Annual statistical returns and brief notes on vaccination in Bengal - 1887-1898
Year: 1887
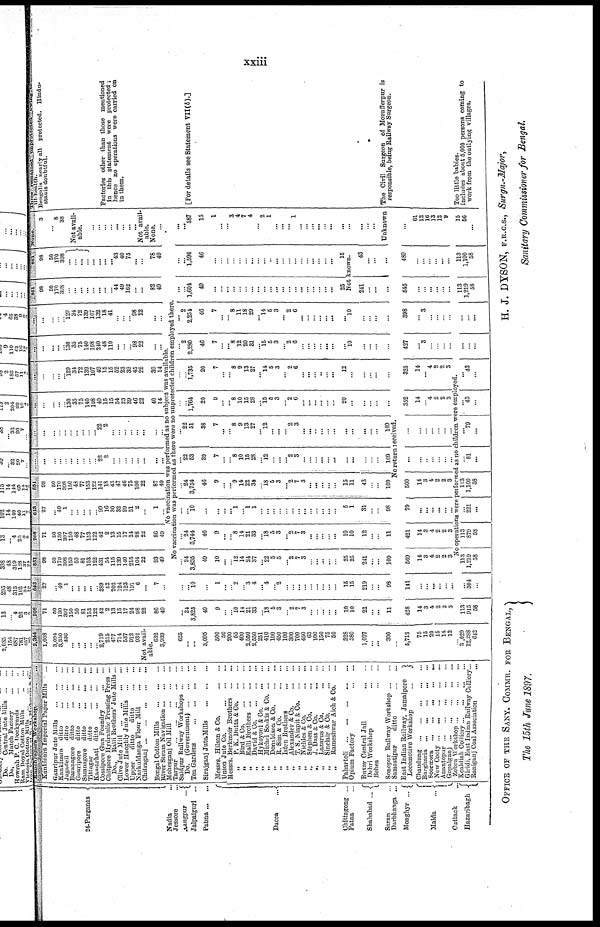
xxiii
24-Parganas ...
Nadia ...
Jessore ...
Gangpur
...
Jalpaiguri ...
Pabna ... ...
Dacca ...
Chittngong ...
Patna ...
Shahabad ...
Saran ...
Darbhanga ...
Monghyr
...
Malda
...
Cuttack ...
Hazaribagh
Kanchrapara workshop
...
Kankinara Imperial Paper Mills ...
Gauripur Jute Mills
...
...
...
Kankinara ditto
...
...
...
Jagadell
ditto
...
...
...
Baranagore ditto
...
...
...
Gouripore
ditto
...
...
...
Samnagore ditto ... ... ...
Tittagar
ditto
...
...
...
Kamarhati ditto
...
...
...
Cossipore Gun Foundry
...
...
Chitpore Hydraulic Pressing Press ...
Do.,
Ralli Brothers' Jute Mills ...
Clive Jute Mill
...
...
...
...
Lower Hooghly Jute Mills
...
...
Upper
ditto
ditto
...
...
Narkuldanga Flour Mill
...
...
Ghitraganj
...
...
...
...
...
Bengal Cotton Mills
...
...
...
River Steam Navigation
...
...
...
Mohesganj Oil Mill
...
...
...
Tarpur
...
...
...
...
...
Saidpur Railway Workshops
...
...
Do. (Government)
...
...
...
Tea Gardens
...
...
...
...
Sirajganj JuteMills
...
...
...
Messrs. Hilson & Co.
...
...
1 Union Jute Co.
...
...
...
Messrs. Berkmoir Brothers
...
...
„
P. K. Dutta & C
o
. ... ...
„
Bird & C
o
. ... ... ...
„
Ralli Brothers
...
...
...
„
David & C
o
. ... ... ...
„
Hykoyoni & Co.
...
...
„
Michel Sookis & Co. ... ...
„
Donaldson & C
o
. ... ...
„
R. Sim & Co.
...
...
„
Isten Brothers
...
...
„
Alexander & Co.
...
...
„
T. S. Niapit & C
o
. ... ...
„
Nichles & Co.
...
...
„
Stephen & Co.
...
...
„
J. Dass & Co.
...
...
„
Lazarus & Co.
...
...
„
Sinclair & Co.
...
...
„
Rameshwar Aich & Co. ...
Pahartoli
...
...
...
...
...
Opium Factory
...
...
Buxar Central Jail
...
...
Dehri Workshop
...
...
Behea ... ...
Sonepur Railway Workshop
...
...
Samastipur
ditto
...
...
East Indian Railway, Jamalpore
Locomotive Workshop
...
Chaudung
...
...
...
...
...
Bargharia
...
...
...
...
...
Soormora
...
...
...
...
...
New Cooty
...
...
...
...
...
Anantopur ... ... ... ... ...
Gopalganj
...
...
...
...
...
Zobra Workshop ... ... ... ...
Koaldiah Colliery ... ... ... ...
Giridi, East Indian Railway Colliery ...
Raniganj Coal Association ...
2,344
1,008
3,094
3,350
436
...
...
...
...
...
2,719
215
477
714
537
912
932
Not avail-
able.
632
3,939
208
71
50
130
397
150
50
81
153
122
42
2
13
15
17
24
98
22
86
49
643
27
...
40
1
...
...
...
...
...
389
52
202
124
123
191
6
...
7
...
851
98
50
170
398
150
50
81
153
122
431
54
115
139
140
215
104
22
93
49
208
71
50
130
397
150
48
77
153
122
42
2
13
15
17
21
98
22
86
49
643
27
...
40
1
...
...
...
...
...
99
16
30
32
29
51
2
...
1
...
851
98
50
170
398
150
48
77
153
122
141
18
43
47
46
75
100
22
87
49
...
...
...
...
...
...
...
...
...
...
22
2
...
...
...
...
...
...
...
...
...
...
...
...
...
...
...
... ...
... 22
2
...
...
...
...
...
...
...
...
...
...
...
...
...
130
35
75
140
108
49
15
15
54
23
39
46
22
40
14
...
...
...
...
... 129
34
72
139
107
49
15
15
52
23
39
45
22
39
14
...
...
...
...
...
130
35
74
140
108
240
48
110
...
...
... 98
22
...
...
...
...
1
...
...
129
34
72
139
107
132
18
41
...
...
... 98
22
...
...
851
98
50
170
308
...
...
...
... ...
...
...
...
44
49
162
...
...
82
49
851
98
50
170
398
...
...
...
...
...
...
...
... 43
40
75
...
...
78
49
None.
3
1
8
38
Not avail-
able.
...
...
...
...
...
...
...
...
Not avail-
able.
None.
...
No vaccination was performed as no subject was available.
No vaccination was performed as there were no unprotected children employed there.
625
...
...
3,095
500
50
200
55
400
2,550
2,550
251
410
100
450
100
300
700
450
65
100
150
75
50
328
380
1,097
...
...
300
...
5,713
75
15
20
15
14
12
...
3,029
12,288
642
...
24
3,825
49
9
...
...
10 14
21
33
...
18
5
3
...
2
7
3
...
...
...
...
...
10
10
22
...
...
11
...
...
10
...
1
...
...
2
...
3
4
...
4
...
2
...
...
...
...
...
...
...
...
...
15
15
219
...
...
98
...
24
3,835
49
10
...
...
12
14
24
37
...
22
5
5
...
2
7
3
...
...
...
...
...
25
25
241
...
...
109
...
24
3,744
46
9
...
...
8
14
21
33
...
18
5
3
...
2
7
3
...
...
...
...
...
10
10
12
...
...
11
...
...
10
...
...
...
...
1
...
1
1
...
...
...
...
...
...
...
...
...
...
...
...
...
5
1
31
...
...
98
...
24
3,754
46
9
...
...
9
14
22
34
...
18
5
3
...
2
7
3
...
...
...
...
...
15
11
43
...
...
109
... 22
53
39
7
...
...
8
10
15
28
...
12
...
...
...
2
3
...
...
...
...
...
...
...
...
...
...
...
109
...
22
51
38
7
...
... 8
9
13
27
...
12
...
...
...
2
3
...
...
...
...
...
...
...
...
...
...
...
109
...
...
1,764
20
9
...
...
8
10
15
28
...
15 5
3
...
2
6
...
...
...
...
...
...
20
...
...
...
...
...
...
...
1,735
20
7
...
...
8
9
13
27
...
14
5
3
...
2
6
...
...
...
...
...
...
12
...
...
...
...
...
...
2
2,280
46
7
...
...
8
12
20
31
...
15 5
3
...
2
6
...
...
...
...
...
...
...
10
...
...
...
...
... 2
2,254
46
7
...
...
8
11
18
29
...
14
5
3
...
2
6
...
...
...
...
...
...
...
10
...
...
...
...
...
...
1,604
49
...
...
...
...
...
...
...
...
...
...
...
...
...
...
...
...
...
...
...
...
25
...
...
1,596
46
...
...
...
...
...
...
...
...
... ...
...
...
...
...
...
...
...
...
...
...
15
Not known.
241
...
...
...
43
...
...
...
... ...
587
15
1
...
...
3
4
7
4
...
2
1
...
...
...
1
...
...
...
...
...
...
...
...
...
...
...
Unknown
No return received.
428
14
3
4
2
3 3
...
113
915
58
141
...
...
...
...
...
...
...
...
304
...
569
14
3
4
2
2
3
421
14
3
4
2
2
3
79
...
...
...
...
...
...
500
14
3
4
2
2
3
...
...
...
...
...
...
...
...
...
...
...
...
...
...
352
14
...
4
2
2
3
325
14
...
4
2
2
3
427
...
3
...
...
...
...
398
...
3
...
...
...
...
545
...
...
...
...
...
...
No operations were performed as no children were employed.
113
1,219
58
113
879
58
...
221
...
113
1,100
58
...
81
...
...
79
...
... 43
...
...
43
...
...
...
...
...
...
...
113
1,219
58
489
...
...
...
...
...
...
113
1,100
58
...
61
12
16
13
12
9
15
56
...
Three remained unprotected owing to
ill-health.
Bengalis nearly all protected. Hindu-
stanis doubtful.
Factories other than those mentioned
in this statement were protected;
hence no operations were carried on
in them.
[For details see Statement VII(b).]
The Civil Surgeon of Mozufferpur is
responsible, being Railway Surgeon.
Too little babies.
Includes about 5,000 persons coming to
work from the outlying villages.
OFFICE OF THE SANY. COMMR. FOR BENGAL,
The 15th June 1897.
H. J. DTSON, F.R.C.S., Surgn.-Major,
Sanitary Commissioner for Bengal.